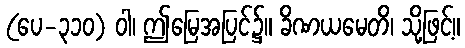
(ပေ-၃၁၀) ဝါ၊ ဤမြေအပြင်၌။ ခိဏယမေတိ၊ သို့ဖြင့်။